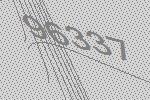
96337